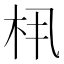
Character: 𬂤